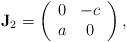
LaTeX: \begin{align*}\mathbf{J}_2=\left(\begin{array}{cc} 0 & -c \\ a & 0 \\\end{array}\right),\end{align*}